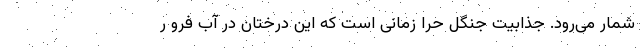
شمار می‌رود. جذابیت‌ جنگل حرا زمانی است که این درختان در آب فرو ر